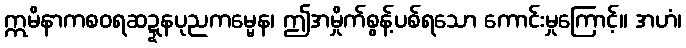
ဣမိနာကစဝရဆဍ္ဍနပုညကမ္မေန၊ ဤအမှိုက်စွန့်ပစ်ရသော ကောင်းမှုကြောင့်။ အဟံ၊